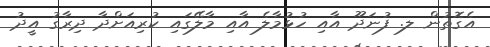
އެގޮތުން ލ. ފުނަދޫ އާއި ހުޅުމާލެ އާއި މާލޭގައި ކުރިއަށްދާ ދިރާގު އީދު